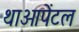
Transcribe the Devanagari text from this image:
थाओपेंटल